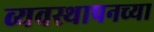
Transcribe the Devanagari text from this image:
व्यवस्थापनच्या